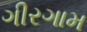
ગીરગામ